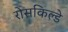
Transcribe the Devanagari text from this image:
रोसकिल्डे